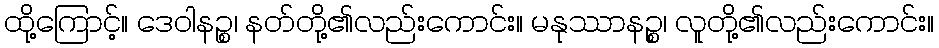
ထို့ကြောင့်။ ဒေဝါနဉ္စ၊ နတ်တို့၏လည်းကောင်း။ မနုဿာနဉ္စ၊ လူတို့၏လည်းကောင်း။